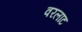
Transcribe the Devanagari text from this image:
वरलाट